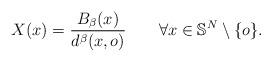
LaTeX: \begin{align*} X(x)=\frac{B_\beta(x)}{d^\beta(x,o)} \qquad\forall x\in\mathbb{S}^N \setminus\{o\}.\end{align*}